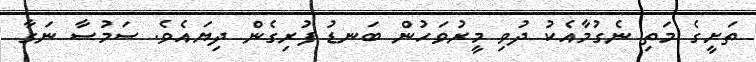
ތަށީގެ މަތި ނެގުމާއެކު ދުވި މީރުވަހުން ބަނޑު ފުރިގެން ދިޔައެވެ. ސަމުސާ ނަގާ